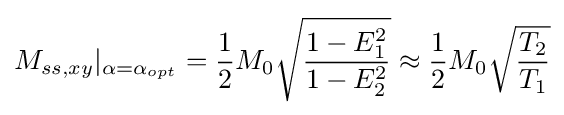
M_{ss,xy}\vert _{\alpha =\alpha _{opt}}={\frac {1}{2}}M_{0}{\sqrt {\frac {1-E_{1}^{2}}{1-E_{2}^{2}}}}\approx {\frac {1}{2}}M_{0}{\sqrt {\frac {T_{2}}{T_{1}}}}